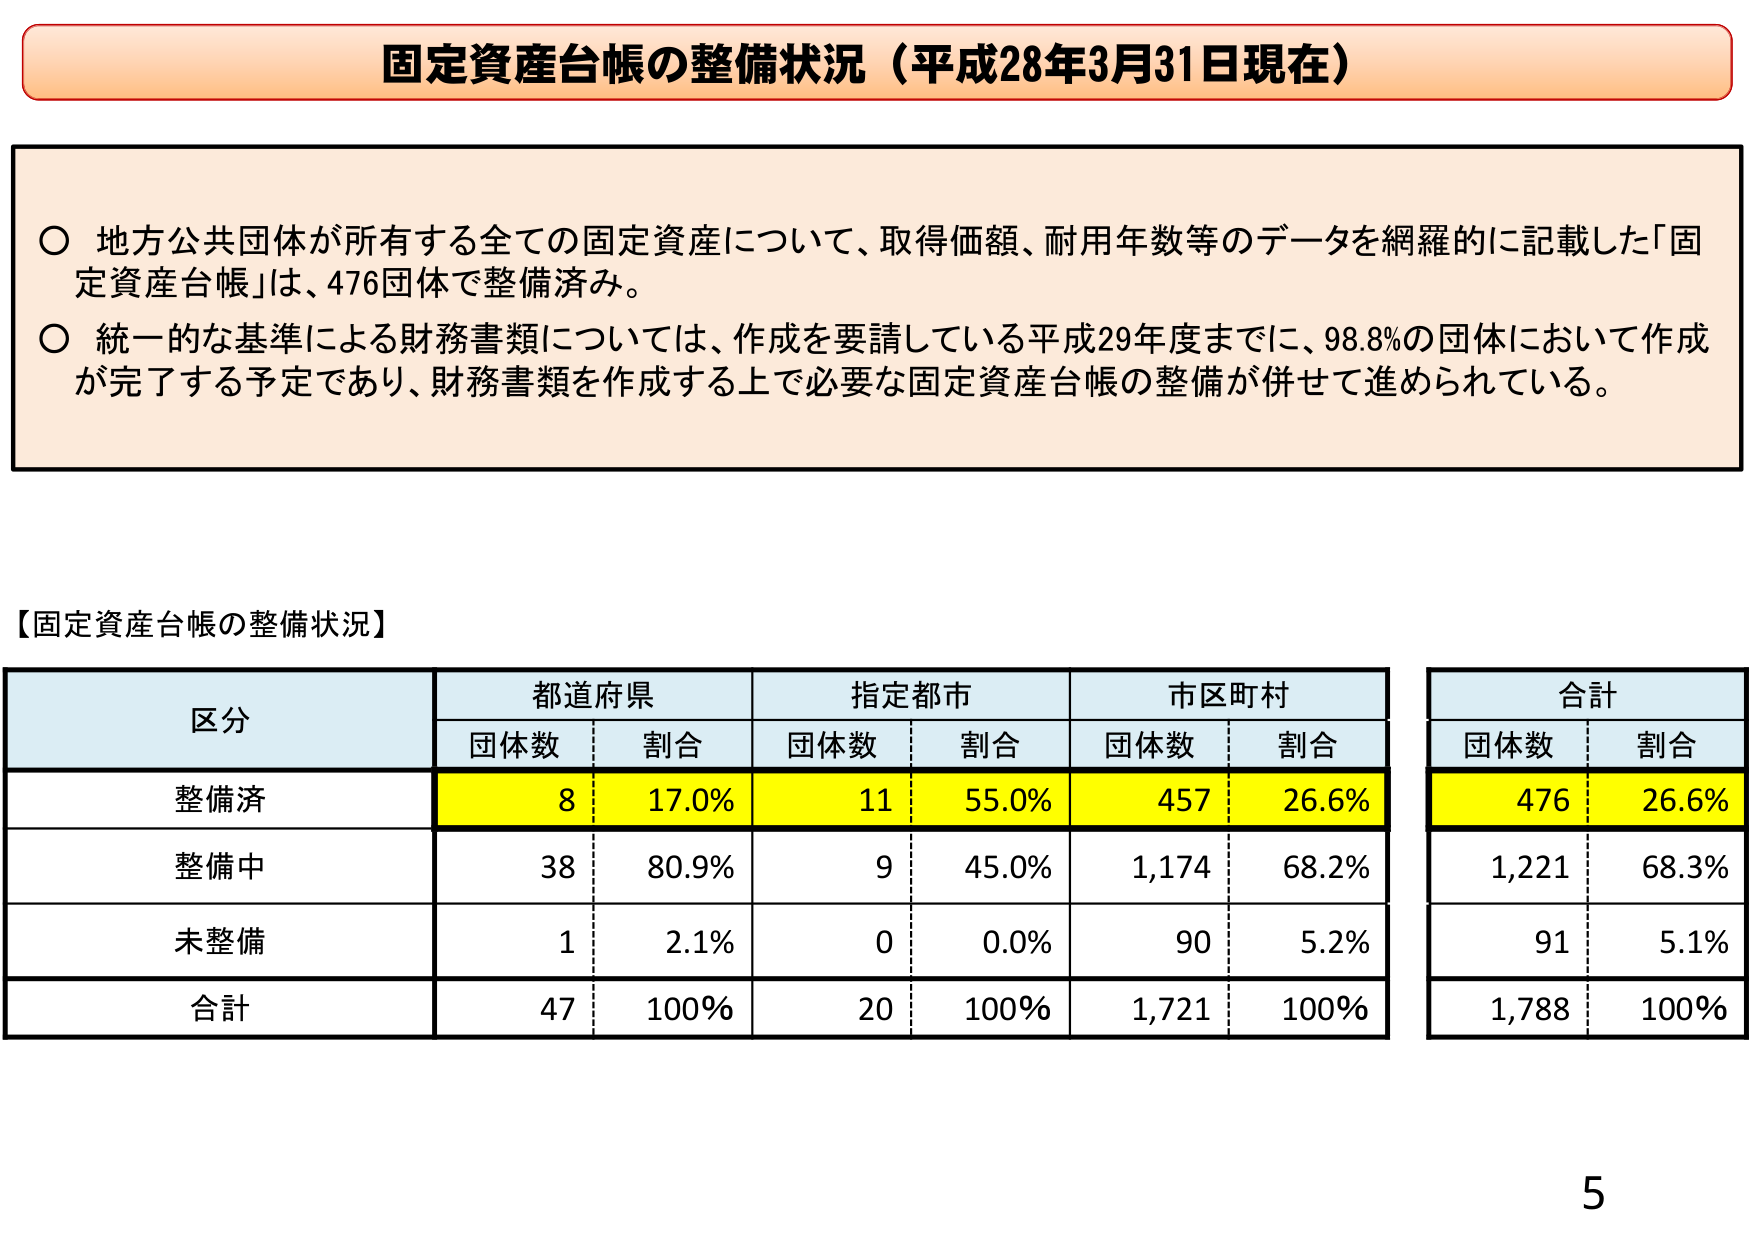
固定資産台帳の整備状況（平成28年3月31日現在）

○ 地方公共団体が所有する全ての固定資産について、取得価額、耐用年数等のデータを網羅的に記載した「固定資産台帳」は、476団体で整備済み。
○ 統一的な基準による財務書類については、作成を要請している平成29年度までに、98.8％の団体において作成が完了する予定であり、財務書類を作成する上で必要な固定資産台帳の整備が併せて進められている。

【固定資産台帳の整備状況】

区分　　都道府県　　　　指定都市　　　　市区町村　　　　合計
　　　　団体数　割合　　団体数　割合　　団体数　割合　　団体数　割合
整備済　　8　　17.0%　　11　　55.0%　　457　　26.6%　　476　　26.6%
整備中　　38　　80.9%　　9　　45.0%　　1,174　　68.2%　　1,221　　68.3%
未整備　　1　　2.1%　　0　　0.0%　　90　　5.2%　　91　　5.1%
合計　　47　　100%　　20　　100%　　1,721　　100%　　1,788　　100%

5